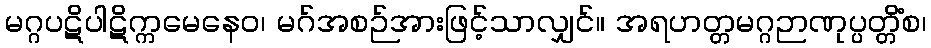
မဂ္ဂပဋိပါဋိက္ကမေနေဝ၊ မဂ်အစဉ်အားဖြင့်သာလျှင်။ အရဟတ္တမဂ္ဂဉာဏုပ္ပတ္တိံစ၊